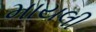
માયલી